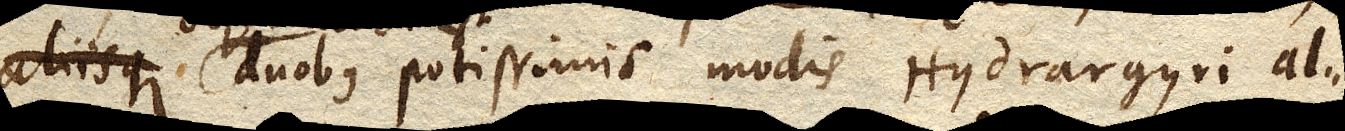
duobus potissimis modis Hydrargyri al–